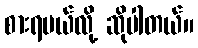
စားရမယ်လို့ ဆိုပါတယ်။